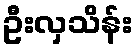
ဦးလှသိန်း